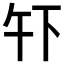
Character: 𫠧